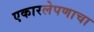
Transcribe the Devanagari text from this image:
एकारलेपणाचा